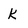
Character: k